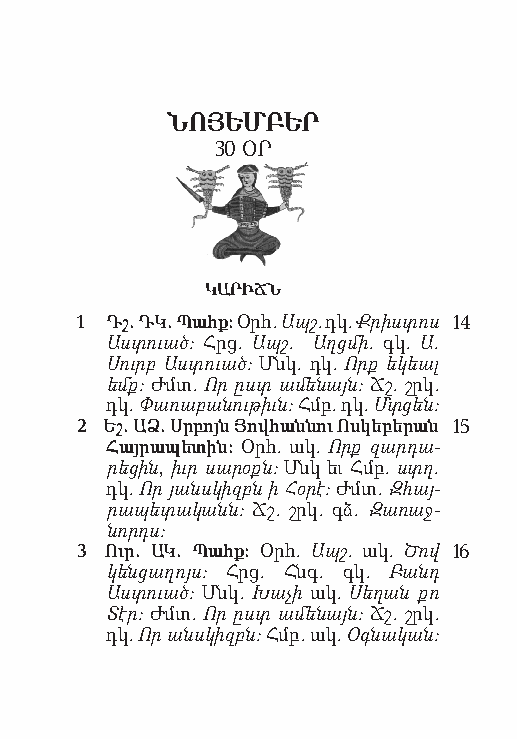
ՆՈՅԵՄԲԵՐ
 30 ՕՐ
 ԿԱՐԻՃՆ
 1 Դշ. ԴԿ. Պահք: Օրհ. Ապշ. դկ. Քրիստոս 14
 Աստուած: Հրց. Ապշ. Աղցմի. գկ. Ա.
 Սուրբ Աստուած: Մնկ. դկ. Որք եկեալ
 եմք: Ժմտ. Որ ըստ ամ ե նայն: Ճշ. շրկ.
 դկ. Փա ռաբ ան ու թիւն: Հմբ. դկ. Մտցեն:
 2 Եշ. ԱՁ. Սր բոյն Յով հանն ու Ոս կեբ եր ան 15
 Հայ րա պե տին: Օրհ. ակ. Որք զարդա­
 րեց ին, իւր սար օքն: Մնկ եւ Հմբ. ստղ.
 դկ. Որ յանս կիզբն ի Հօ րէ: Ժմտ. Զ հայ­
 րապ ե տակ անն: Ճշ. շրկ. գձ. Զա ռաջ­
 նորդս:
 3 Ուր. ԱԿ. Պահք: Օրհ. Ապշ. ակ. Ծով 16
 կենցաղոյս: Հրց. Հնգ. գկ. Բանդ
 Աստուած: Մնկ. Խա չի ակ. Սեղան քո
 Տէր: Ժմտ. Որ ըստ ա մե նայն: Ճշ. շրկ.
 դկ. Որ անսկ իզբն: Հմբ. ակ. Օգնական: